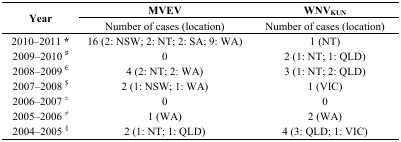
<table><thead><tr><td rowspan="2"><b>Year</b></td><td><b>MVEV</b></td><td><b>WNV<sub>KUN</sub></b></td></tr><tr><td><b>Number of cases (location)</b></td><td><b>Number of cases (location)</b></td></tr></thead><tbody><tr><td>2010–2011 *</td><td>16 (2: NSW; 2: NT; 2: SA; 9: WA)</td><td>1 (NT)</td></tr><tr><td>2009–2010 <sup>#</sup></td><td>0</td><td>2 (1: NT; 1: QLD)</td></tr><tr><td>2008–2009 <sup>€</sup></td><td>4 (2: NT; 2: WA)</td><td>3 (1: NT; 2: QLD)</td></tr><tr><td>2007–2008 <sup>$</sup></td><td>2 (1: NSW; 1: WA)</td><td>1 (VIC)</td></tr><tr><td>2006–2007 <sup>±</sup></td><td>0</td><td>0</td></tr><tr><td>2005–2006 <sup>≠</sup></td><td>1 (WA)</td><td>2 (WA)</td></tr><tr><td>2004–2005 <sup>§</sup></td><td>2 (1: NT; 1: QLD)</td><td>4 (3: QLD; 1: VIC)</td></tr></tbody></table>